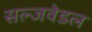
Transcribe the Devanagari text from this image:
सल्जवेडल